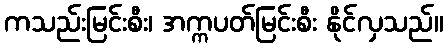
ကသည်းမြင်းစီး၊ အက္ကပတ်မြင်းစီး နိုင်လှသည်။